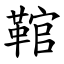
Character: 䩪